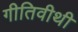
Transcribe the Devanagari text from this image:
गीतिवीथी